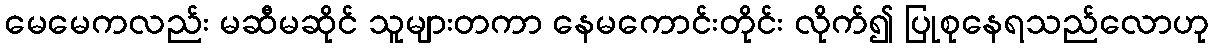
မေမေကလည်း မဆီမဆိုင် သူများတကာ နေမကောင်းတိုင်း လိုက်၍ ပြုစုနေရသည်လောဟု